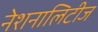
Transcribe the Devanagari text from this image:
नेशनालिटीज